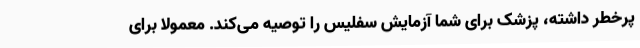
پرخطر داشته، پزشک برای شما آزمایش سفلیس را توصیه می‌کند. معمولاً برای